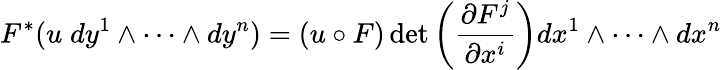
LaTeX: F^{*}(u\; dy^{1}\wedge\cdots\wedge dy^{n})=(u\circ F)\operatorname*{det}\left({\frac{\partial F^{j}}{\partial x^{i}}}\right)dx^{1}\wedge\cdots\wedge dx^{n}